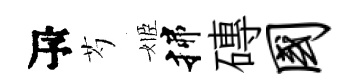
瓴芍姬揲磚国